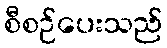
စီစဉ်ပေးသည်